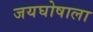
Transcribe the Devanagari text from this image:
जयघोषाला